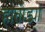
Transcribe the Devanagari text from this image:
हातोड्या